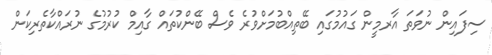
ސިފައިން ނުވަތަ އާރމީން ގައުމުގައި ބޭތިއްބުމަށްވުރެ ވެސް ބޭންކުތައް ގާއިމް ކުރުމުގެ ނުރައްކާތެރިކަން